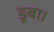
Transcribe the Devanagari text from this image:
डूबा।